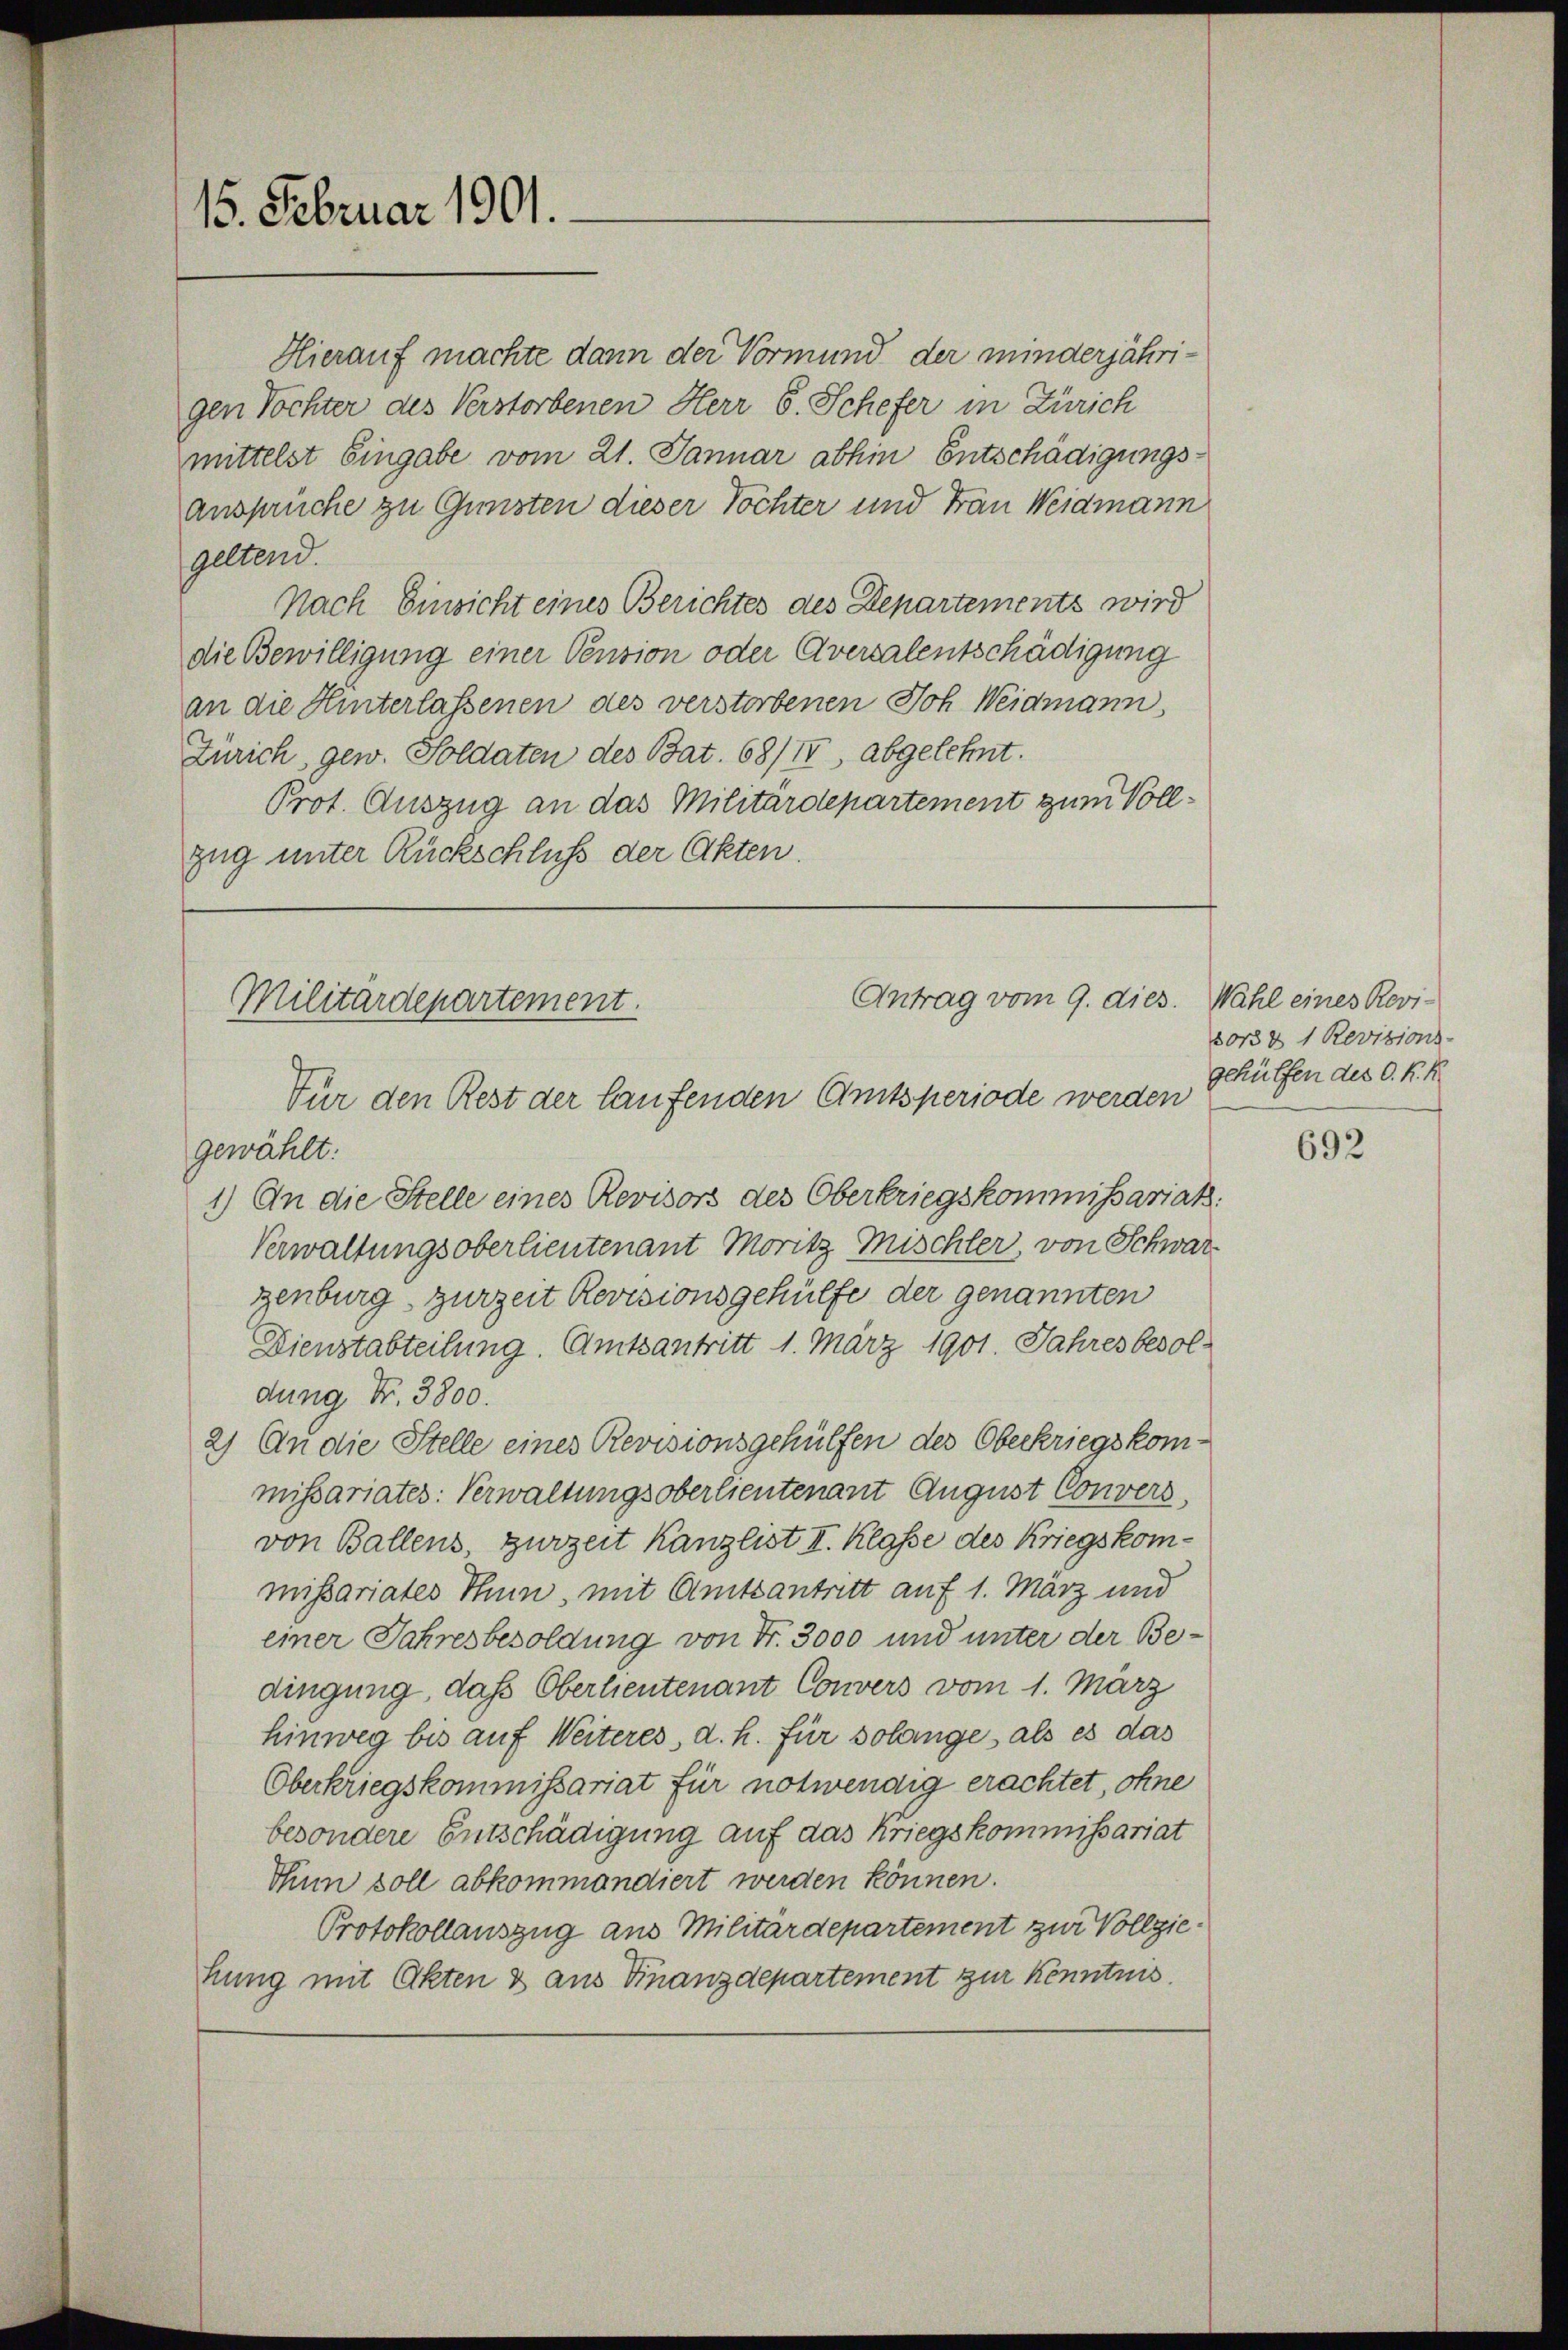
15. Februar 1901.

Hierauf machte dann der Vormund der minderjährigen Tochter des Verstorbenen Herr 6. Schefer in Zürich
mittelst Eingabe vom 21. Januar abhin Entschädigungsanspruche zu Gunsten dieser Töchter und Frau Weidmann
geltend.
Nach Einsicht eines Berichtes des Departements wird
die Bewilligung einer Pension oder Aversalentschädigung
an die Hinterlassenen des verstorbenen Joh. Weidmann
Zürich, gew. Soldaten des Bat. 68/I, abgelehnt.
Prot. Auszug an das Militärdepartement zum Vollzug unter Rückschluß der Akten.

Antrag vom 9. dies. Wahl eines Revi¬
Militärdepartement.
Für den Rest der laufenden Amtsperiode werden

gewählt:
1.) An die Stelle eines Revisors des Oberkriegskommissariat
Verwaltungsoberlieutenant Moritz Mischler, von Schwarz
genburg, zurzeit Revisionsgehülfe der genannten
Dienstabteilung. Amtsantritt 1. März 1901. Jahres besoldung Nr. 3800.
2) An die Stelle eines Revisionsgehülfen des Oberkriegskommissariates: Verwaltungsoberlieutenant August Convers
von Ballens, zurzeit Kanzlist II. Klasse des Kriegskommissariates Thun, mit Amtsantritt auf 1. März und
einer Jahresbesoldung von Fr. 3000 und unter der Bedingung, daß Oberlieutenant Convers vom 1. März
hinweg bis auf Weiteres, d. h. für solange, als es das
Oberkriegskommissariat für notwendig erachtet, ohne
besondere Entschädigung auf das Kriegskommissariat
Thun soll abkommandiert werden können.
Protokollauszug aus Militärdepartement zur Vollziekung mit Akten & aus Finanzdepartement zur Kenntnis.

s033 & 1 Revisions-
gehülfen des C. K. K.

692